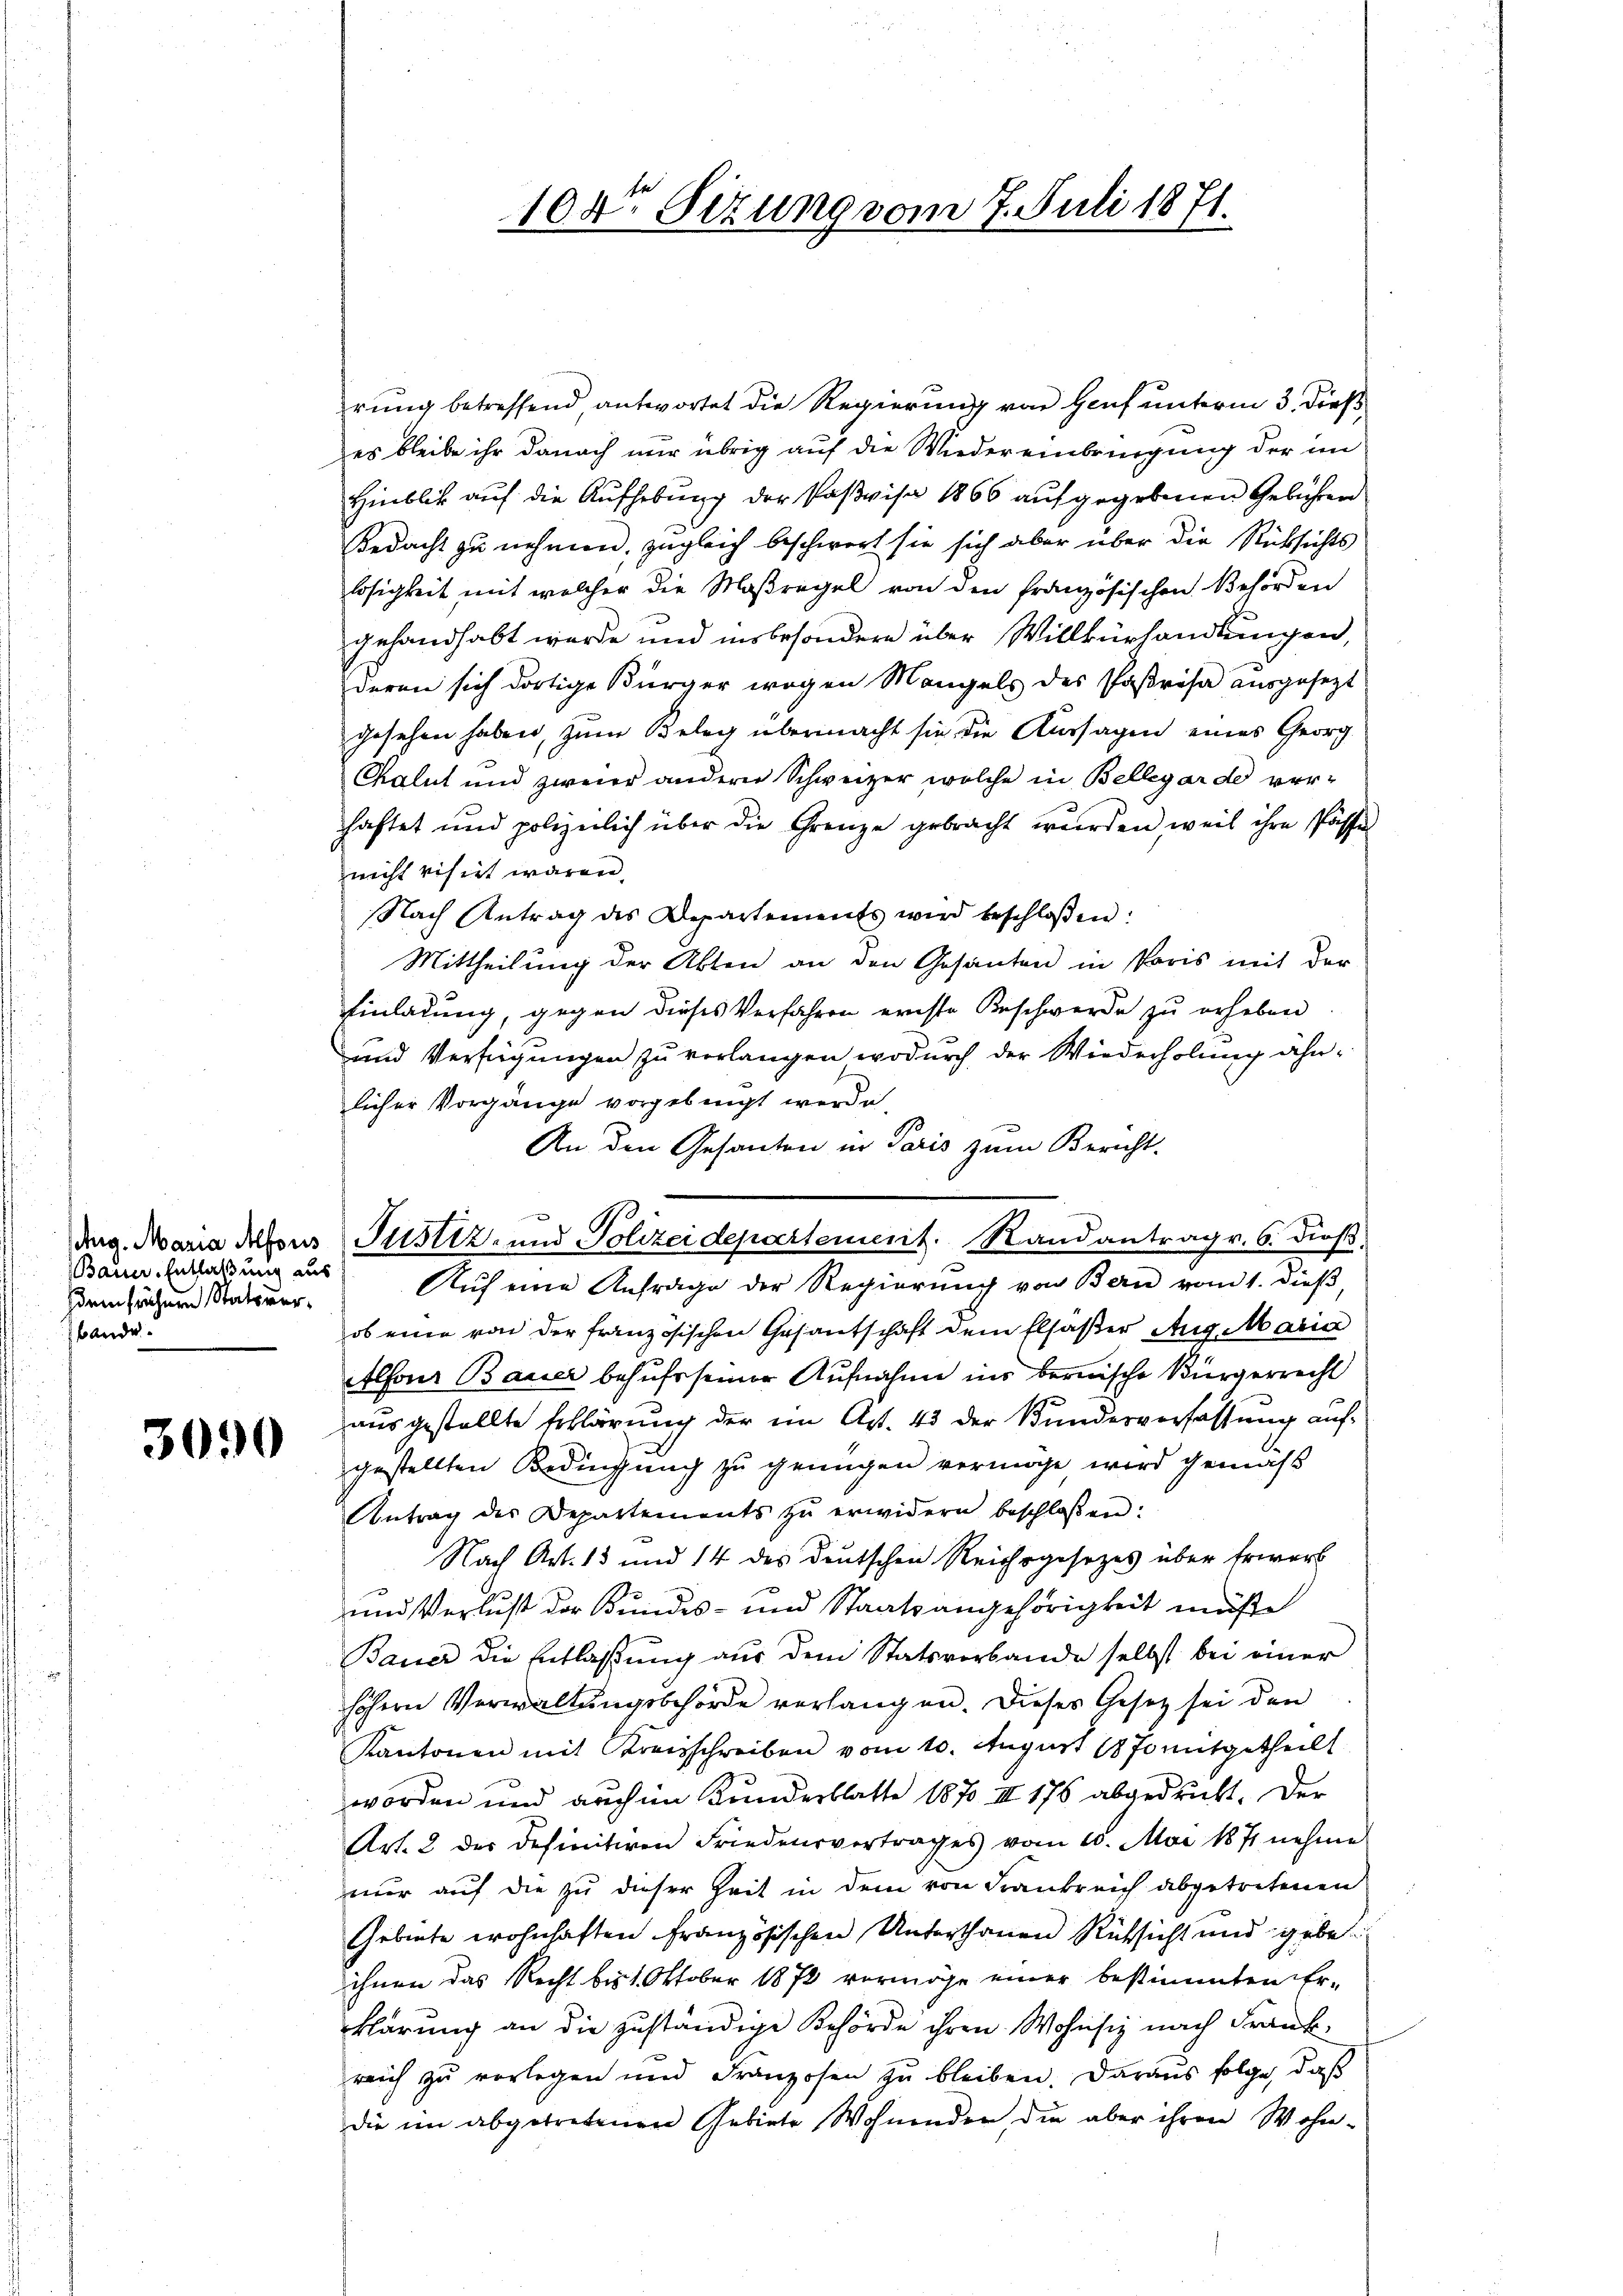
hig. Maria Alfons
Baun. Entlaßung aus
sdem frühern Statsverbande.

3090

rung betreffend antwortet die Regierung von Genf unterm 3. dieß
es bleibe ihr danach nur übrig auf die Wiedereinbringung der im
Hinblick auf die Aufhebung der Paßvisa 1866 aufgegebenen Gebühren
Bedacht zu nehmen, zugleich beschwert sie sich aber über die Rücksichts
losigkeit mit welcher die Maßregel von den französischen Behörden
gehandhabt werde und insbesondere über Willkürhandlungen,
deren sich dortige Bürger wegen Mangels des Parisa ausgesezt
gesehen haben, zum Beleg übermacht sie die Aussagen eines Georg
Chalut und zweier anderer Schweizer welche in Bellegarde verhaftet und polizeilich über die Grenze gebracht wurden weil ihre Pässe
nicht visirt waren.
Nach Antrag des Departements wird beschlossen:
Mittheilung der Akten an den Gesanten in Paris mit der
Einladung, gegen dieses Verfahren ernste Beschwerde zu erheben.
und Verfügungen zu verlangen, wodurch der Wiederholung ähnlicher Vorgänge vorgebirgt werde
An den Gesanten in Paris zum Bericht.
Justiz- und Polizeidepartement. Randantrag v. 6. dieß.
Auf eine Anfrage der Regierung von Bern vom 1. dieß
ob eine von der französischen Gesantschaft dem Elsaßer Aug. Marin
Alfons Bauer behufs seiner Aufnahme ins bernische Bürgerrecht
ausgestellte Erklärung der im Art. 43 der Bundesverfassung auf
gestellten Bedingung zu genügen vermöge wird gemäß
Antrag des Departements zŭ erwidern beschlossen:
Nach Art. 15 und 14 des deutschen Reichsgesetzes über Erwerb
und Verlust der Bundes- und Staatsangehörigkeit müße
Bauer die Entlaßung aus dem Statsverbande selbst bei einer
höhern Verwaltungsbehörde verlangen. Dieses Gesetz sei den
Kantonen mit Kreisschreiben vom 10. August 1870 mitgetheilt
worden und auch im Kunderblatte 1870. II 176 abgedruckt. Der
Art. 2 der definitiven Friedensvertrages vom 10. Mai 1871 nehme
nur auf die zu dieser Zeit in dem von Frankreich abgetretenen
Gebiete wohnhaften Französischen Unterthanen Rücksicht und gebe
ihnen das Recht bis 1. Oktober 1872 vermöge einer bestimmten Er-
klärung an die zuständige Behörde ihren Wohnsiz nach Frankreich zu vorlegen und Franzosen zu bleiben. Daraus folge, daß
die im abgetretenen Gebiete Wohnenden die aber ihren Wohn¬

104. Sizung vom 7. Juli 1871.